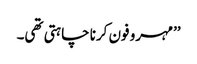
’’مہرو فون کرنا چاہتی تھی۔